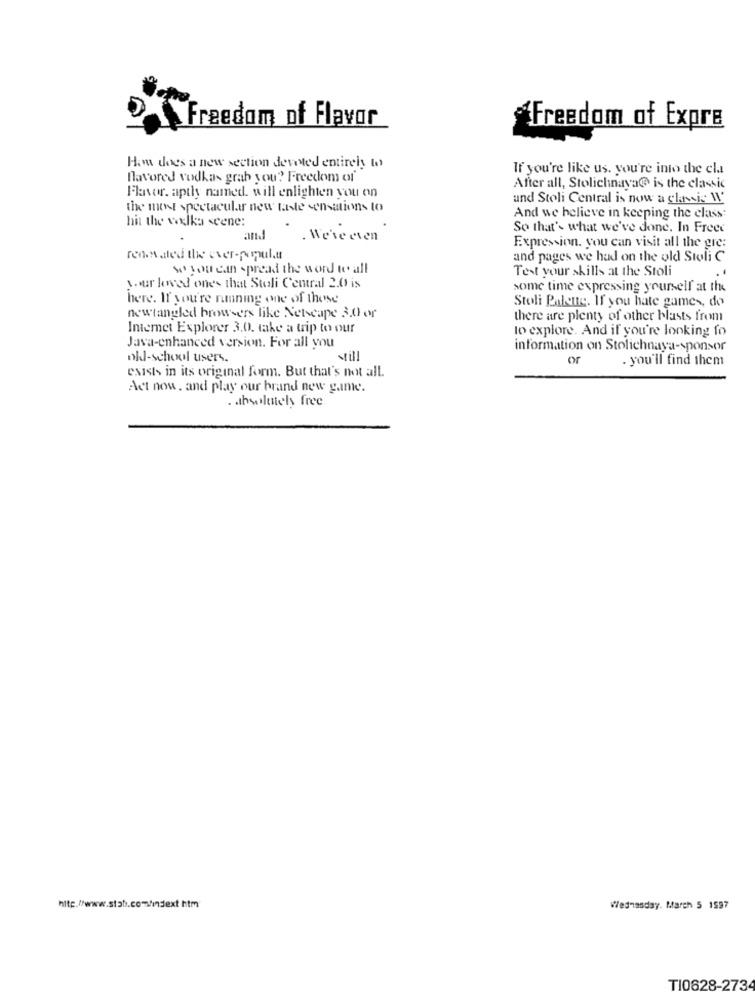
Freedom of Flavor
"Freedom of Expre
How does a new section devoted entirely to
If you're like us. you're into the cla
favored vodkas grab you? Freedom of'
After all, Stolichnaya@ is the classic
Flavor. aptly named. will enlighten you on
and Stoli Central is now a classic Il
the most spectacular new taste sensations to
And we believe in keeping the class:
hit the walka scene:
So that's what we've done. In Freed
and
. We're eten
Expression. you can visit all the gre:
ren ated the ever-popula
and pages we had on the old Stoli C
so you can spread the word to all
Test your skills at the Stoli
A. our loved ones that Stoli Central 2.0 is
some time expressing yourself at the
here. If you're running one of those
Stoli Palone. If you hate games, do
newtangled browsers like Netscape 3.0 or
there are plenty of other blasts from
Internet Explorer 3.0. take a trip to our
to explore. And if you're looking fo
Java-enhanced version. For all you
information on Stolichnaya-sponsor
old-school users.
still
or
. you'll find them
exists in its original form. But that's not all.
Act now. and play our brand new game.
. absolutely free.
Wednesday, March 5 1597
TI0828-273